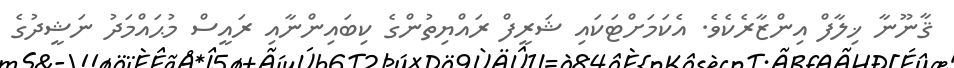
ޤާނޫނާ ޚިލާފް އިންޒާރެކެވެ. އެކަމަށްޓަކައި ޝަރީފް ރައްޔިތުންގެ ކިބައިންނާއި ރައީސް މުޙައްމަދު ނަޝީދުގެ